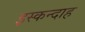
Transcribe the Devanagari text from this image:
इस्कन्दाह